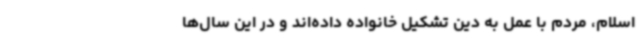
اسلام، مردم با عمل به دین تشکیل خانواده داده‌اند و در این سال‌ها